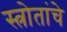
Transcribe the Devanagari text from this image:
स्त्रोतांचे